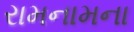
રામનામના